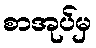
စာအုပ်မှ